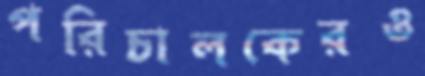
পরিচালকেরও